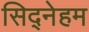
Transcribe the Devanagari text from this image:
सिद्नेहम